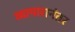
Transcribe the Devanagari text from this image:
व्यापारानंतर